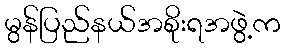
မွန်ပြည်နယ်အစိုးရအဖွဲ့က